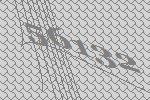
56132